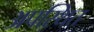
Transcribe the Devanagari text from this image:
अपस्थित